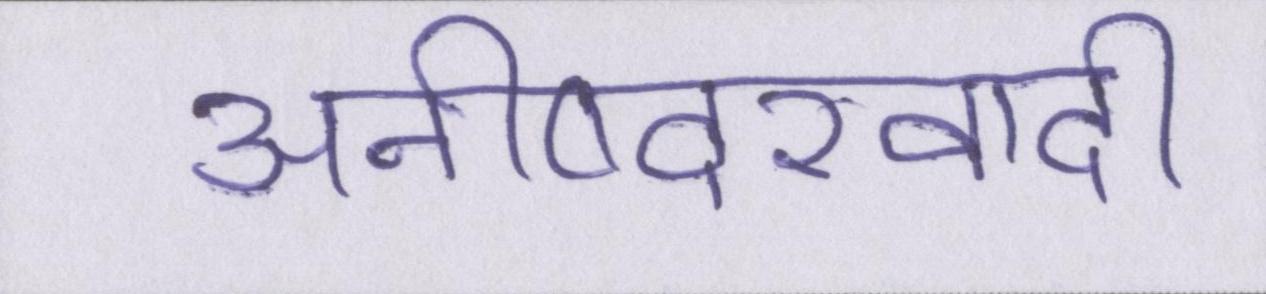
अनीष्वरवादी